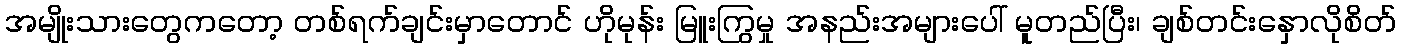
အမျိုးသားတွေကတော့ တစ်ရက်ချင်းမှာတောင် ဟိုမုန်း မြူးကြွမှု အနည်းအများပေါ် မူတည်ပြီး၊ ချစ်တင်းနှောလိုစိတ်